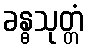
ခန္ဓသုတ္တံ